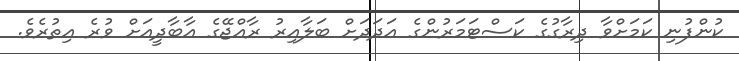
ކުންފުނި ކަމަށްވާ ދިރާގުގެ ކަސްޓަމަރުންގެ އަދަދަށް ބަލާއިރު ރާއްޖޭގެ އާބާދީއަށް ވުރެ އިތުރެވެ.